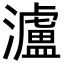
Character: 瀘